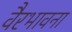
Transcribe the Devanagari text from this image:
वैरभावना